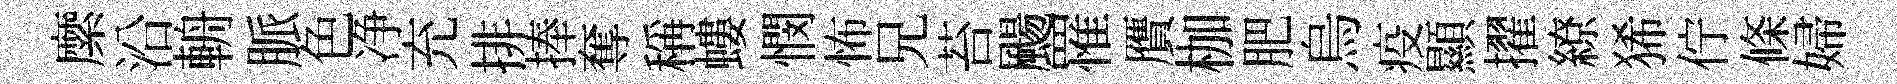
縻沿輈脈色净充排捧奪稱螻憫怖兄苔颺罹贋枷肥烏疫顯擢繚狶佇條婦